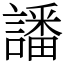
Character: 譒